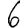
Digit: 6